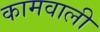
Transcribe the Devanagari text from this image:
कामवाली